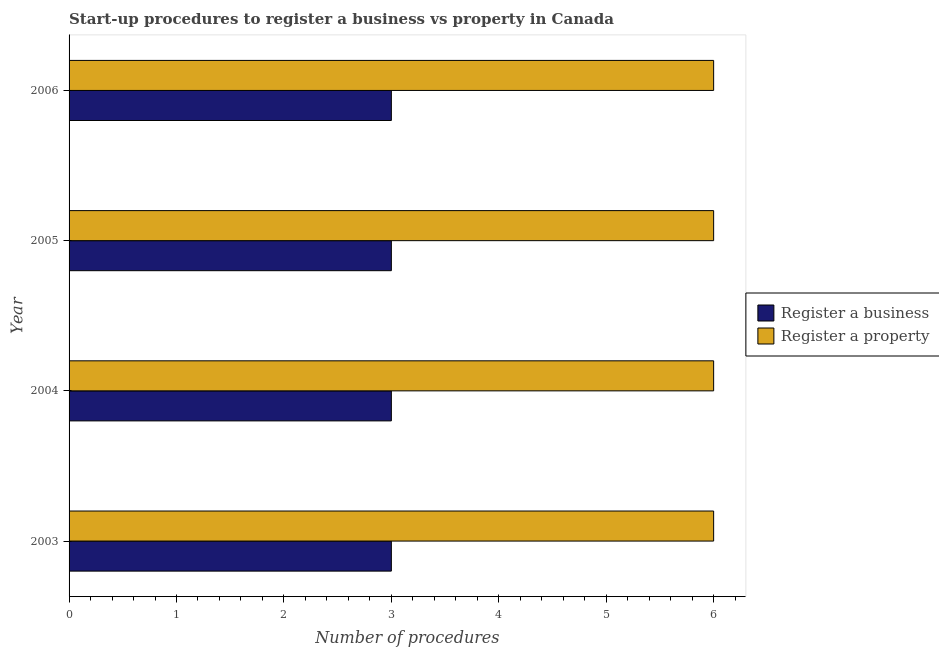
| Year | Register a business | Register a property |
 | --- | --- | --- |
 | 2003 | 3 | 6 |
 | 2004 | 3 | 6 |
 | 2005 | 3 | 6 |
 | 2006 | 3 | 6 |